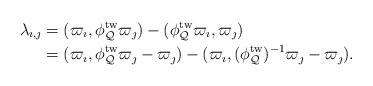
LaTeX: \begin{align*}\lambda_{\imath, \jmath}&=(\varpi_{\imath}, \phi_{\mathcal{Q}}^{\mathrm{tw}}\varpi_{\jmath})-(\phi_{\mathcal{Q}}^{\mathrm{tw}}\varpi_{\imath}, \varpi_{\jmath})\\&=(\varpi_{\imath}, \phi_{\mathcal{Q}}^{\mathrm{tw}}\varpi_{\jmath}-\varpi_{\jmath})-(\varpi_{\imath}, (\phi_{\mathcal{Q}}^{\mathrm{tw}})^{-1}\varpi_{\jmath}-\varpi_{\jmath}).\end{align*}